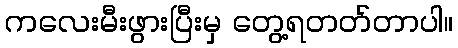
ကလေးမီးဖွားပြီးမှ တွေ့ရတတ်တာပါ။